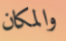
والمكان